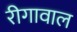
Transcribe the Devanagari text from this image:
रीगावाल